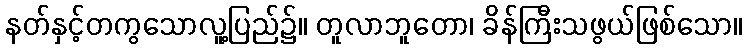
နတ်နှင့်တကွသောလူ့ပြည်၌။ တူလာဘူတော၊ ခိန်ကြီးသဖွယ်ဖြစ်သော။